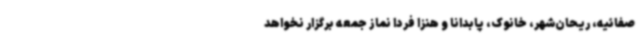
صفائیه، ریحان‌شهر، خانوک، پابدانا و هنزا فردا نماز جمعه برگزار نخواهد